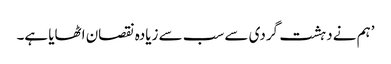
’ہم نے دہشت گردی سے سب سے زیادہ نقصان اٹھایا ہے۔